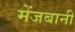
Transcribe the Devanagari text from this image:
मेंजबानी